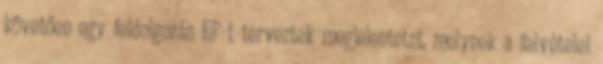
követően egy feldolgozás EP-t terveztek megjelentetni, melynek a felvételei